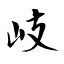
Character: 岐